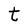
Character: t